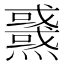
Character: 𤒜